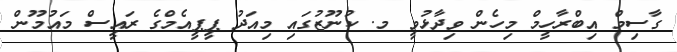
ގާސިމް އިބްރާހީމް މިހެން ވިދާޅުވީ މ. ކުނޫޒުގައި މިއަދު ޕީޕީއެމްގެ ރައީސް މައުމޫން